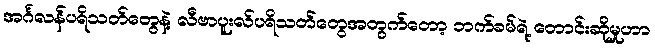
အင်္ဂလန်ပရိသတ်တွေနဲ့ လီဗာပူးလ်ပရိသတ်တွေအတွက်တော့ ဘက်ခမ်ရဲ့ တောင်းဆိုမှုဟာ